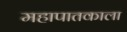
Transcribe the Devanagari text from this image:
महापातकाला